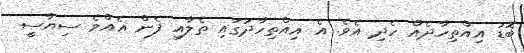
ބޮޑު އިއްތިހާދެއް ހެދި އެވެ. އެ އިއްތިހާދުގައި ތެލާއި ފެން އެއްވެ ސިޔާސީ